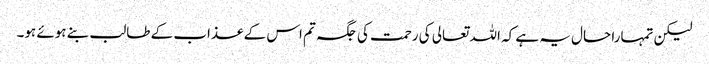
لیکن تمہارا حال یہ ہے کہ اللہ تعالی کی رحمت کی جگہ تم اس کے عذاب کے طالب بنے ہوئے ہو۔